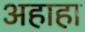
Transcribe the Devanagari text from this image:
अहाहा